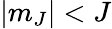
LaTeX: |m_{J}|<J